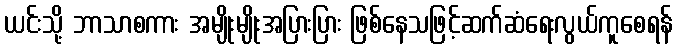
ယင်းသို့ ဘာသာစကား အမျိုးမျိုးအပြားပြား ဖြစ်နေသဖြင့်ဆက်ဆံရေးလွယ်ကူစေရန်